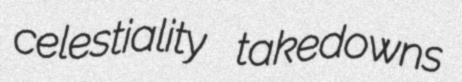
celestiality takedowns